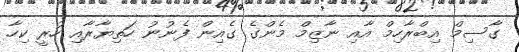
ގާސިމް އިބްރާހިމް އާއި ނާޒިމް މެންގެ ގެއިން ފެނުނު ހަތިޔާރާއި ހުރީ ކިހާ